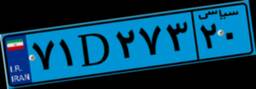
۷۱D۲۷۳۲۰